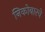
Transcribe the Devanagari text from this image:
निकोबारचे